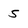
Character: 5